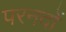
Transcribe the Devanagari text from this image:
परनदों